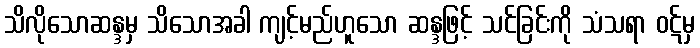
သိလိုသောဆန္ဒမှ သိသောအခါ ကျင့်မည်ဟူသော ဆန္ဒဖြင့် သင်ခြင်းကို သံသရာ ဝဋ်မှ